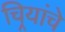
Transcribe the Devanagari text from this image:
चिर्‍यांचे